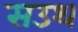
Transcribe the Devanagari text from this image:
सउथ